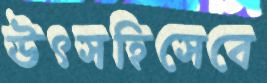
উৎসহিসেবে